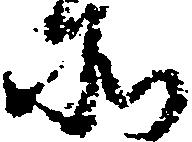
所